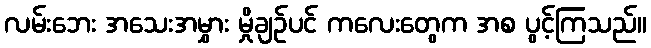
လမ်းဘေး အသေးအမွှား မှိုချဉ်ပင် ကလေးတွေက အစ ပွင့်ကြသည်။